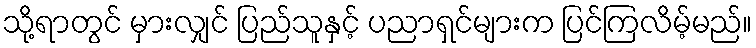
သို့ရာတွင် မှားလျှင် ပြည်သူနှင့် ပညာရှင်များက ပြင်ကြလိမ့်မည်။